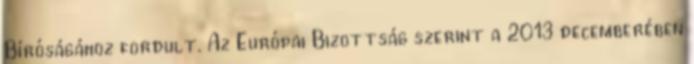
Bíróságához fordult. Az Európai Bizottság szerint a 2013 decemberében